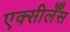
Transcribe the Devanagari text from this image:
एक्सीलेँस